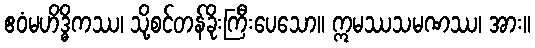
ဧဝံမဟိဒ္ဓိကဿ၊ သို့စင်တန်ခိုးကြီးပေသော။ ဣမဿသမဏဿ၊ အား။